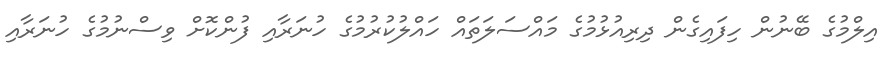
އިލްމުގެ ބޭނުން ހިފައިގެން ދިރިއުޅުމުގެ މައްސަލަތައް ހައްލުކުރުމުގެ ހުނަރާއި ފުންކޮށް ވިސްނުމުގެ ހުނަރާއި